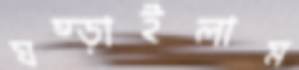
ঘষ্‌ড়াইলাম